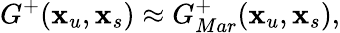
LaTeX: G^{+}(\textbf{x}_{u},\textbf{x}_{s})\approx G_{Mar}^{+}(\textbf{x}_{u},\textbf{x}_{s}),